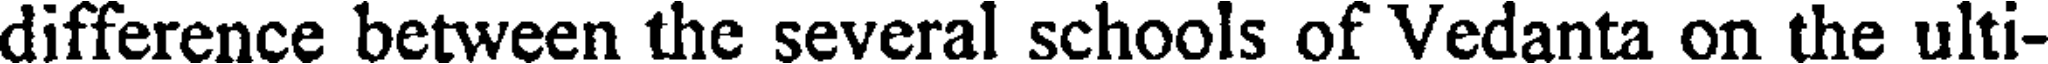
difference between the several schools of Vedanta on the ulti-